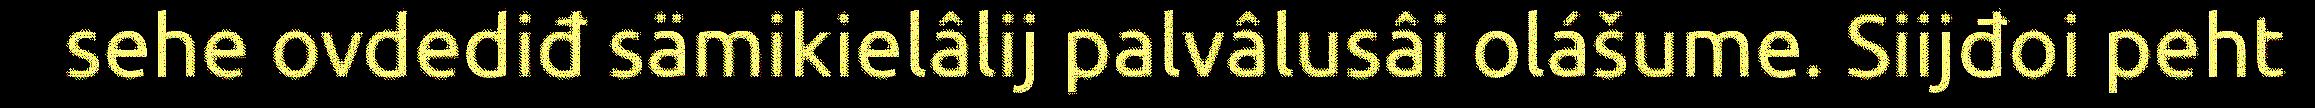
sehe ovdediđ sämikielâlij palvâlusâi olášume. Siijđoi peht